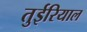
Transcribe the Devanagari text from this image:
तुईरियाल